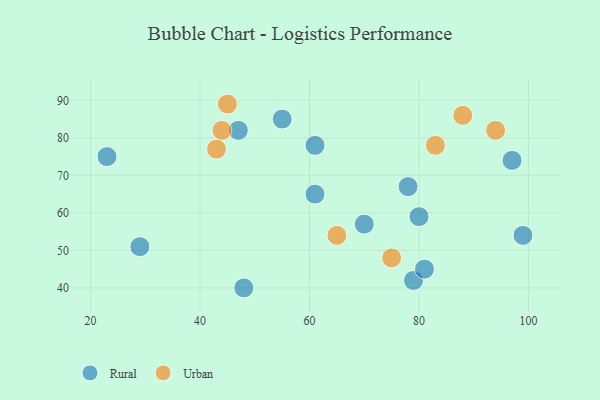
{"axis": {"x": "GDP", "y": "Life Expectancy"}, "legend": ["Rural", "Urban"], "data": [{"x": "80", "y": 59, "type": "Rural"}, {"x": "97", "y": 74, "type": "Rural"}, {"x": "47", "y": 82, "type": "Rural"}, {"x": "99", "y": 54, "type": "Rural"}, {"x": "78", "y": 67, "type": "Rural"}, {"x": "48", "y": 40, "type": "Rural"}, {"x": "55", "y": 85, "type": "Rural"}, {"x": "61", "y": 65, "type": "Rural"}, {"x": "29", "y": 51, "type": "Rural"}, {"x": "61", "y": 78, "type": "Rural"}, {"x": "23", "y": 75, "type": "Rural"}, {"x": "79", "y": 42, "type": "Rural"}, {"x": "70", "y": 57, "type": "Rural"}, {"x": "81", "y": 45, "type": "Rural"}, {"x": "75", "y": 48, "type": "Urban"}, {"x": "44", "y": 82, "type": "Urban"}, {"x": "65", "y": 54, "type": "Urban"}, {"x": "43", "y": 77, "type": "Urban"}, {"x": "45", "y": 89, "type": "Urban"}, {"x": "88", "y": 86, "type": "Urban"}, {"x": "94", "y": 82, "type": "Urban"}, {"x": "83", "y": 78, "type": "Urban"}]}